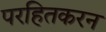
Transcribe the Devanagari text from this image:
परहितकरन